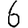
Digit: 6